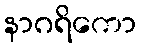
နာဂရိကော